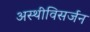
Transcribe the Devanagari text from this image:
अस्थीविसर्जन